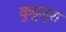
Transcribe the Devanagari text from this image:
कुट्टलूरा